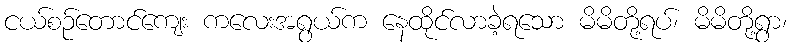
ငယ်စဉ်တောင်ကျေး ကလေးအရွယ်က နေထိုင်လာခဲ့ရသော မိမိတို့ရပ်၊ မိမိတို့ရွာ၊